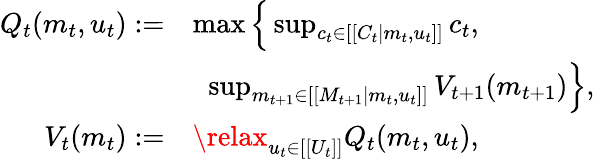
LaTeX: \begin{array}{rl}{Q_{t}(m_{t},u_{t}):=}&{\operatorname*{max}\Big\{ \operatorname*{sup}_{c_{t}\in[[C_{t}|m_{t},u_{t}]]}c_{t},}\\ &{\; \; \operatorname*{sup}_{m_{t+1}\in[[M_{t+1}|m_{t},u_{t}]]}V_{t+1}(m_{t+1})\Big\} ,}\\ {V_{t}(m_{t}):=}&{\relax_{u_{t}\in[[U_{t}]]}Q_{t}(m_{t},u_{t}),}\end{array}